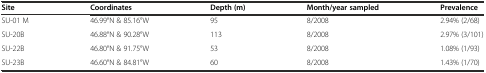
<table><thead><tr><td><b>Site</b></td><td><b>Coordinates</b></td><td><b>Depth (m)</b></td><td><b>Month/year sampled</b></td><td><b>Prevalence</b></td></tr></thead><tbody><tr><td>SU-01 M</td><td>46.99°N &amp; 85.16°W</td><td>95</td><td>8/2008</td><td>2.94% (2/68)</td></tr><tr><td>SU-20B</td><td>46.88°N &amp; 90.28°W</td><td>113</td><td>8/2008</td><td>2.97% (3/101)</td></tr><tr><td>SU-22B</td><td>46.80°N &amp; 91.75°W</td><td>53</td><td>8/2008</td><td>1.08% (1/93)</td></tr><tr><td>SU-23B</td><td>46.60°N &amp; 84.81°W</td><td>60</td><td>8/2008</td><td>1.43% (1/70)</td></tr></tbody></table>